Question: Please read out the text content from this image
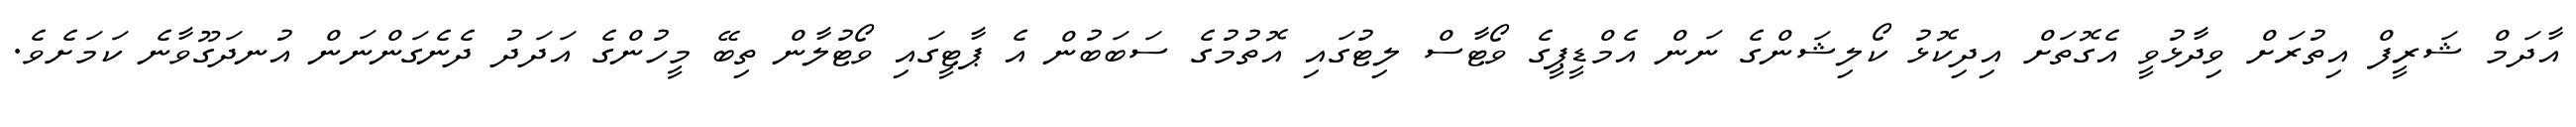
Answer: އާދަމް ޝަރީފް އިތުރަށް ވިދާޅުވީ އެގޮތަށް އިދިކޮޅު ކޯލިޝަންގެ ނަން އެމްޑީޕީގެ ވޯޓާސް ލިޓުގައި އޮތުމުގެ ސަބަބުން އެ ޕާޓީގައި ވޯޓުލާން ތިބޭ މީހުންގެ އަދަދު ދެނެގަންނަން އުނދަގޫވާނެ ކަމަށެވެ.